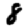
Digit: 8